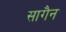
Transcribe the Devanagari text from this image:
सागैन